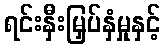
ရင်းနှီးမြှပ်နှံမှုနှင့်